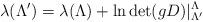
LaTeX: \begin{align*} \lambda(\Lambda') = \lambda(\Lambda) + \ln \det (gD)|_{\Lambda'}^\Lambda\end{align*}